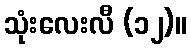
သုံးလေးလီ (၁၂)။